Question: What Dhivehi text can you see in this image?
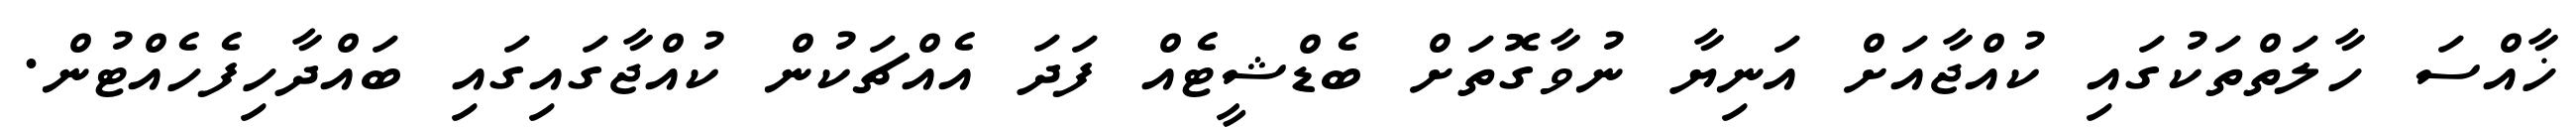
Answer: ޚާއްސަ ހާލަތްތަކުގައި ކުއްޖާއަށް އަނިޔާ ނުވާގޮތަށް ބެޑްޝީޓެއް ފަދަ އެއްޗަކުން ކުއްޖާގައިގައި ބައްދާހިފެހެއްޓުން.